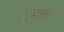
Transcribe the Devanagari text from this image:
गुइलेर्मो